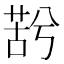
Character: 𮏫